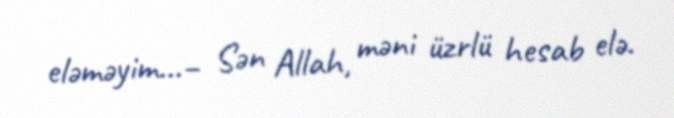
eləməyim...– Sən Allah, məni üzrlü hesab elə.